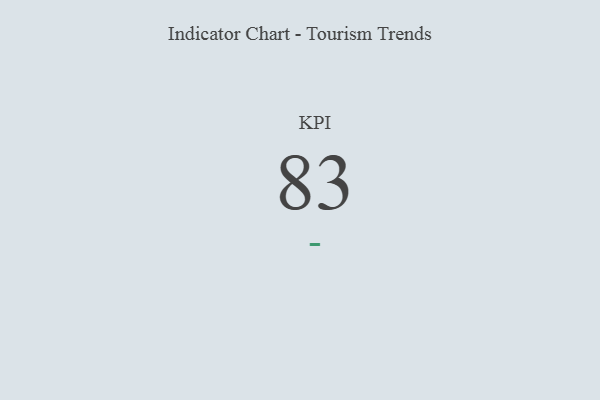
{"axis": {"x": "KPI", "y": "Value"}, "legend": [""], "data": [{"x": "KPI", "y": 83, "type": ""}]}